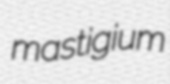
mastigium